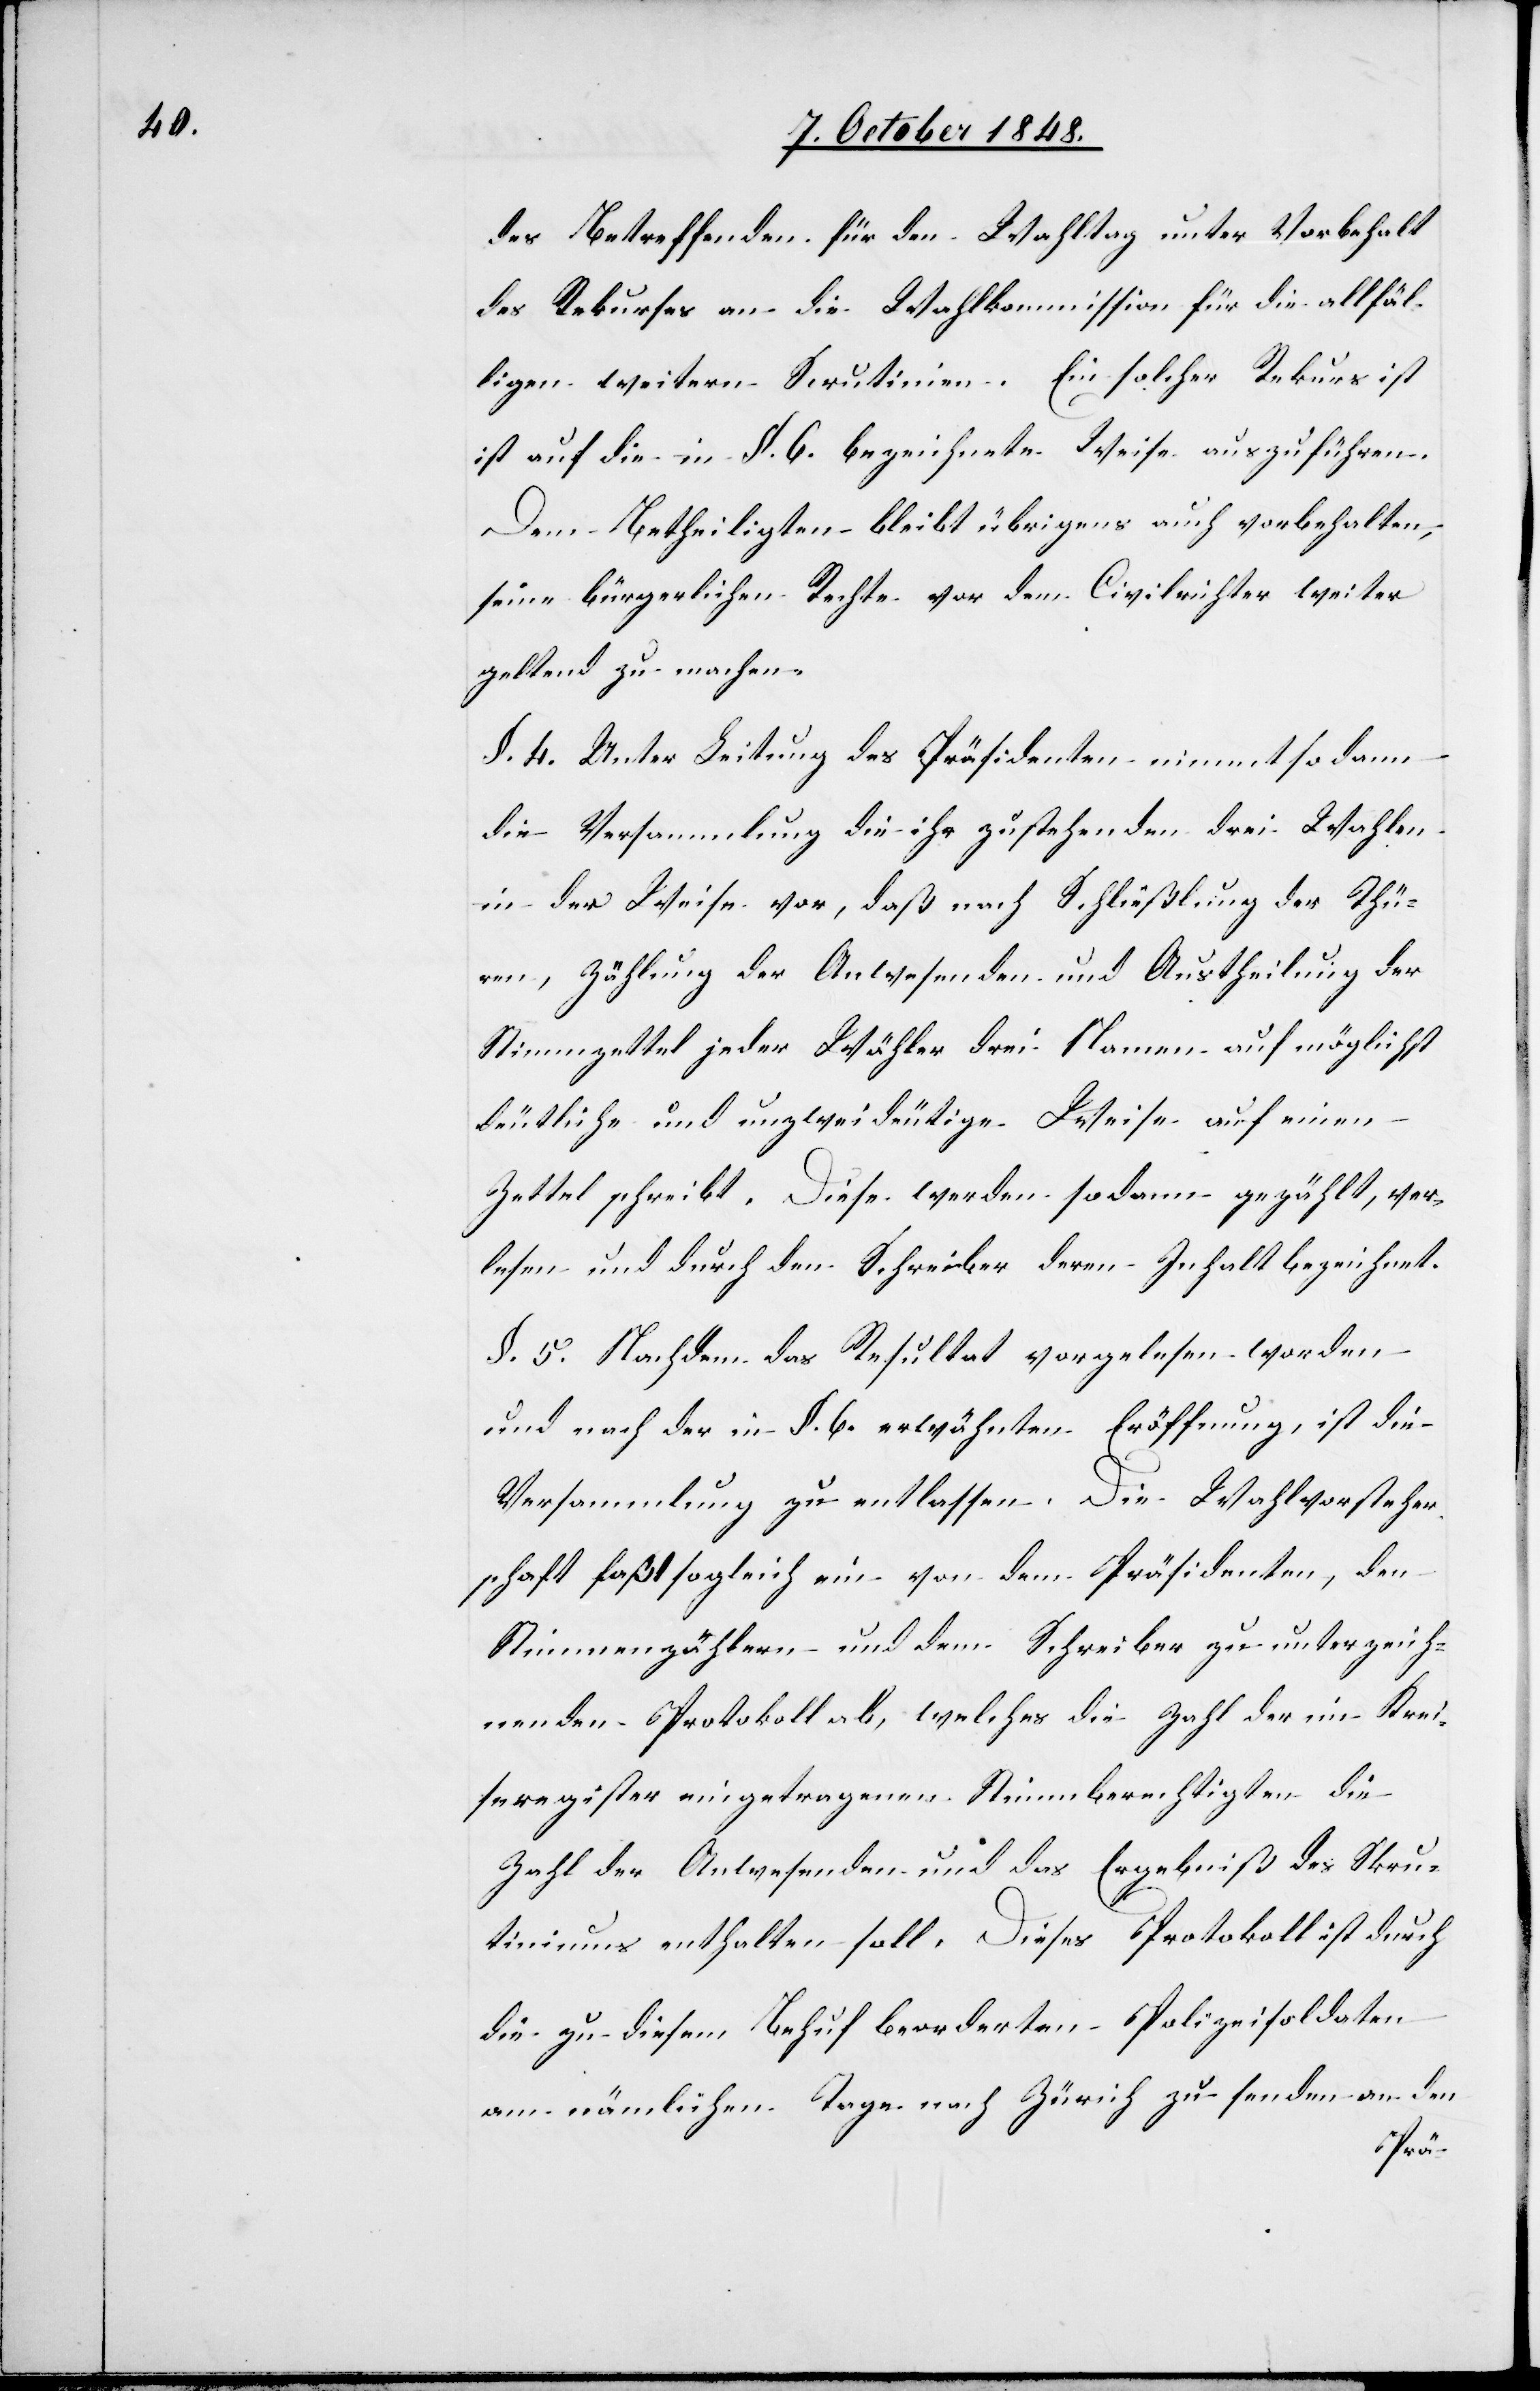
des Betreffenden für den Wahltag unter Vorbehalt
des Rekurses an die Wahlkommission für die allfäl¬
ligen weitern Scrutinien. Ein solcher Rekurs ist
[sic!] auf die in §. 6. bezeichnete Weise auszuführen.
Dem Betheiligten bleibt es übrigens auch vorbehalten,
seine bürgerlichen Rechte vor dem Civilrichter weiter
geltend zu machen.
§. 4. Unter Leitung des Präsidenten nimmt so dann
die Versammlung die ihr zustehenden drei Wahlen
in der Weise vor, daß nach Schließlung [sic!]d¬
ren, Zählung der Anwesenden und Austheilung der
Stimmzettel jeder Wähler drei Namen auf möglichst
er
deutliche und unzweideutige Weise auf einen
Zettel schreibt. Diese werden sodann gezählt, ver¬
lesen und durch den Schreiber deren Inhalt bezeichnet.
§. 5. Nachdem das Resultat vorgelesen worden
und nach der in §. 6. erwähnten Eröffnung, ist die
Versammlung zu entlassen. Die Wahlvorsteher¬
schaft faßt sogleich ein von dem Präsidenten, den
Stimmenzählern und dem Schreiber zu unterzeich¬
nendes Protokoll ab, welches die Zahl der im Krei¬
sregister eingetragenen Stimmberechtigten die
Zahl der Anwesenden und das Ergebniß des Skru¬
tiniums enthalten soll. Dieses Protokoll ist durch
die zu diesem Behuf beorderten Polizeisoldaten
am nämlichen Tage nach Zürich zu senden an den
Thü¬